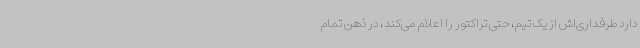
دارد طرفداری‌اش از یک تیم، حتی تراکتور را اعلام می‌کند، در ذهن تمام